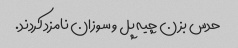
حدس بزن چیه پل و سوزان نامزد کردند.